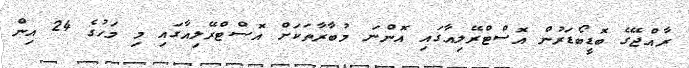
ރާއްޖޭގެ ބޮޑީބޯޑަރުން އޮސްޓްރޭލިއާގައި އޮންނަ މުބާރާތަކަށް އޮސްޓްރޭލިއާގައި މި މަހުގެ 24 އިން